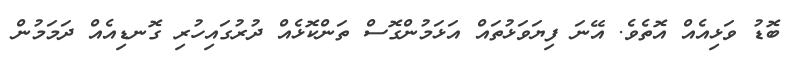
ބޮޑު ވަޅިއެއް އޮތެވެ. އޭނަ ފިޔަވަޅުތައް އަޅަމުންގޮސް ތަންކޮޅެއް ދުރުގައިހުރި ގޮނޑިއެއް ދަމަމުން